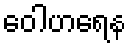
ဝေါဟရေန